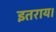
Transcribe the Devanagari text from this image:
इतराय।